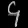
Digit: ၄